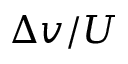
\Delta v / U